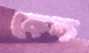
কেক